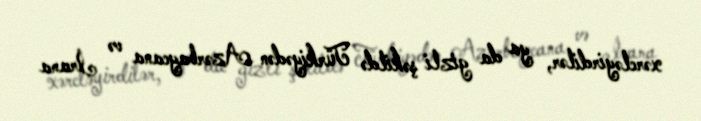
xərcləyirdilər, ya da gizli şəkildə Türkiyədən Azərbaycana və İrana